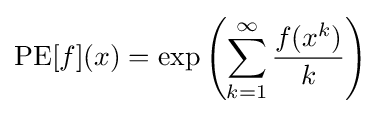
\operatorname {PE} [f](x)=\exp \left(\sum _{k=1}^{\infty }{\frac {f(x^{k})}{k}}\right)